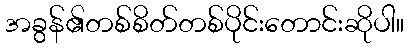
အခွန်၏တစ်စိတ်တစ်ပိုင်းတောင်းဆိုပါ။